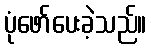
ပုံဖော်ပေးခဲ့သည်။